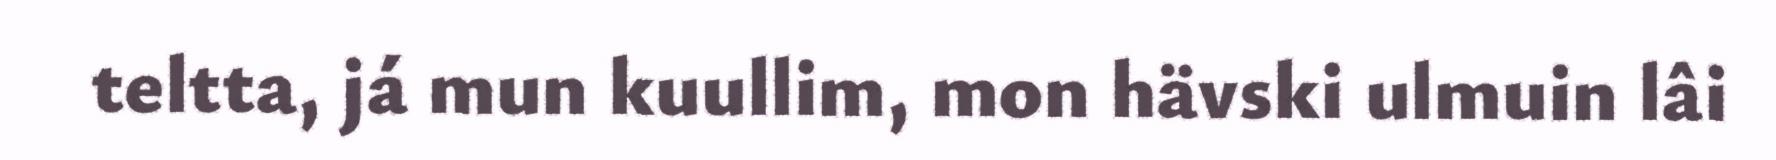
teltta, já mun kuullim, mon hävski ulmuin lâi